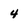
Character: 4